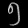
Digit: ၅